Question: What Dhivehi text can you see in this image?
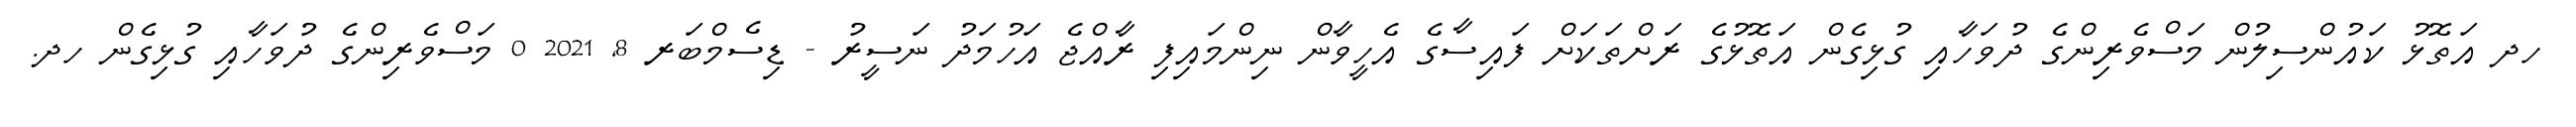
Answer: ހދ އަތޮޅު ކައުންސިލުން މަސްވެރިންގެ ދުވަހާއި ގުޅިގެން އަތޮޅުގެ ރަށްތަކަށް ފައިސާގެ އެހީވާން ނިންމައިފި ރާއްޖެ އަހުމަދު ނަސީރު - ޑިސެމްބަރ 8, 2021 0 މަސްވެރިންގެ ދުވަހާއި ގުޅިގެން ހދ.